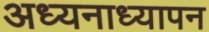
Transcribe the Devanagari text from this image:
अध्यनाध्यापन